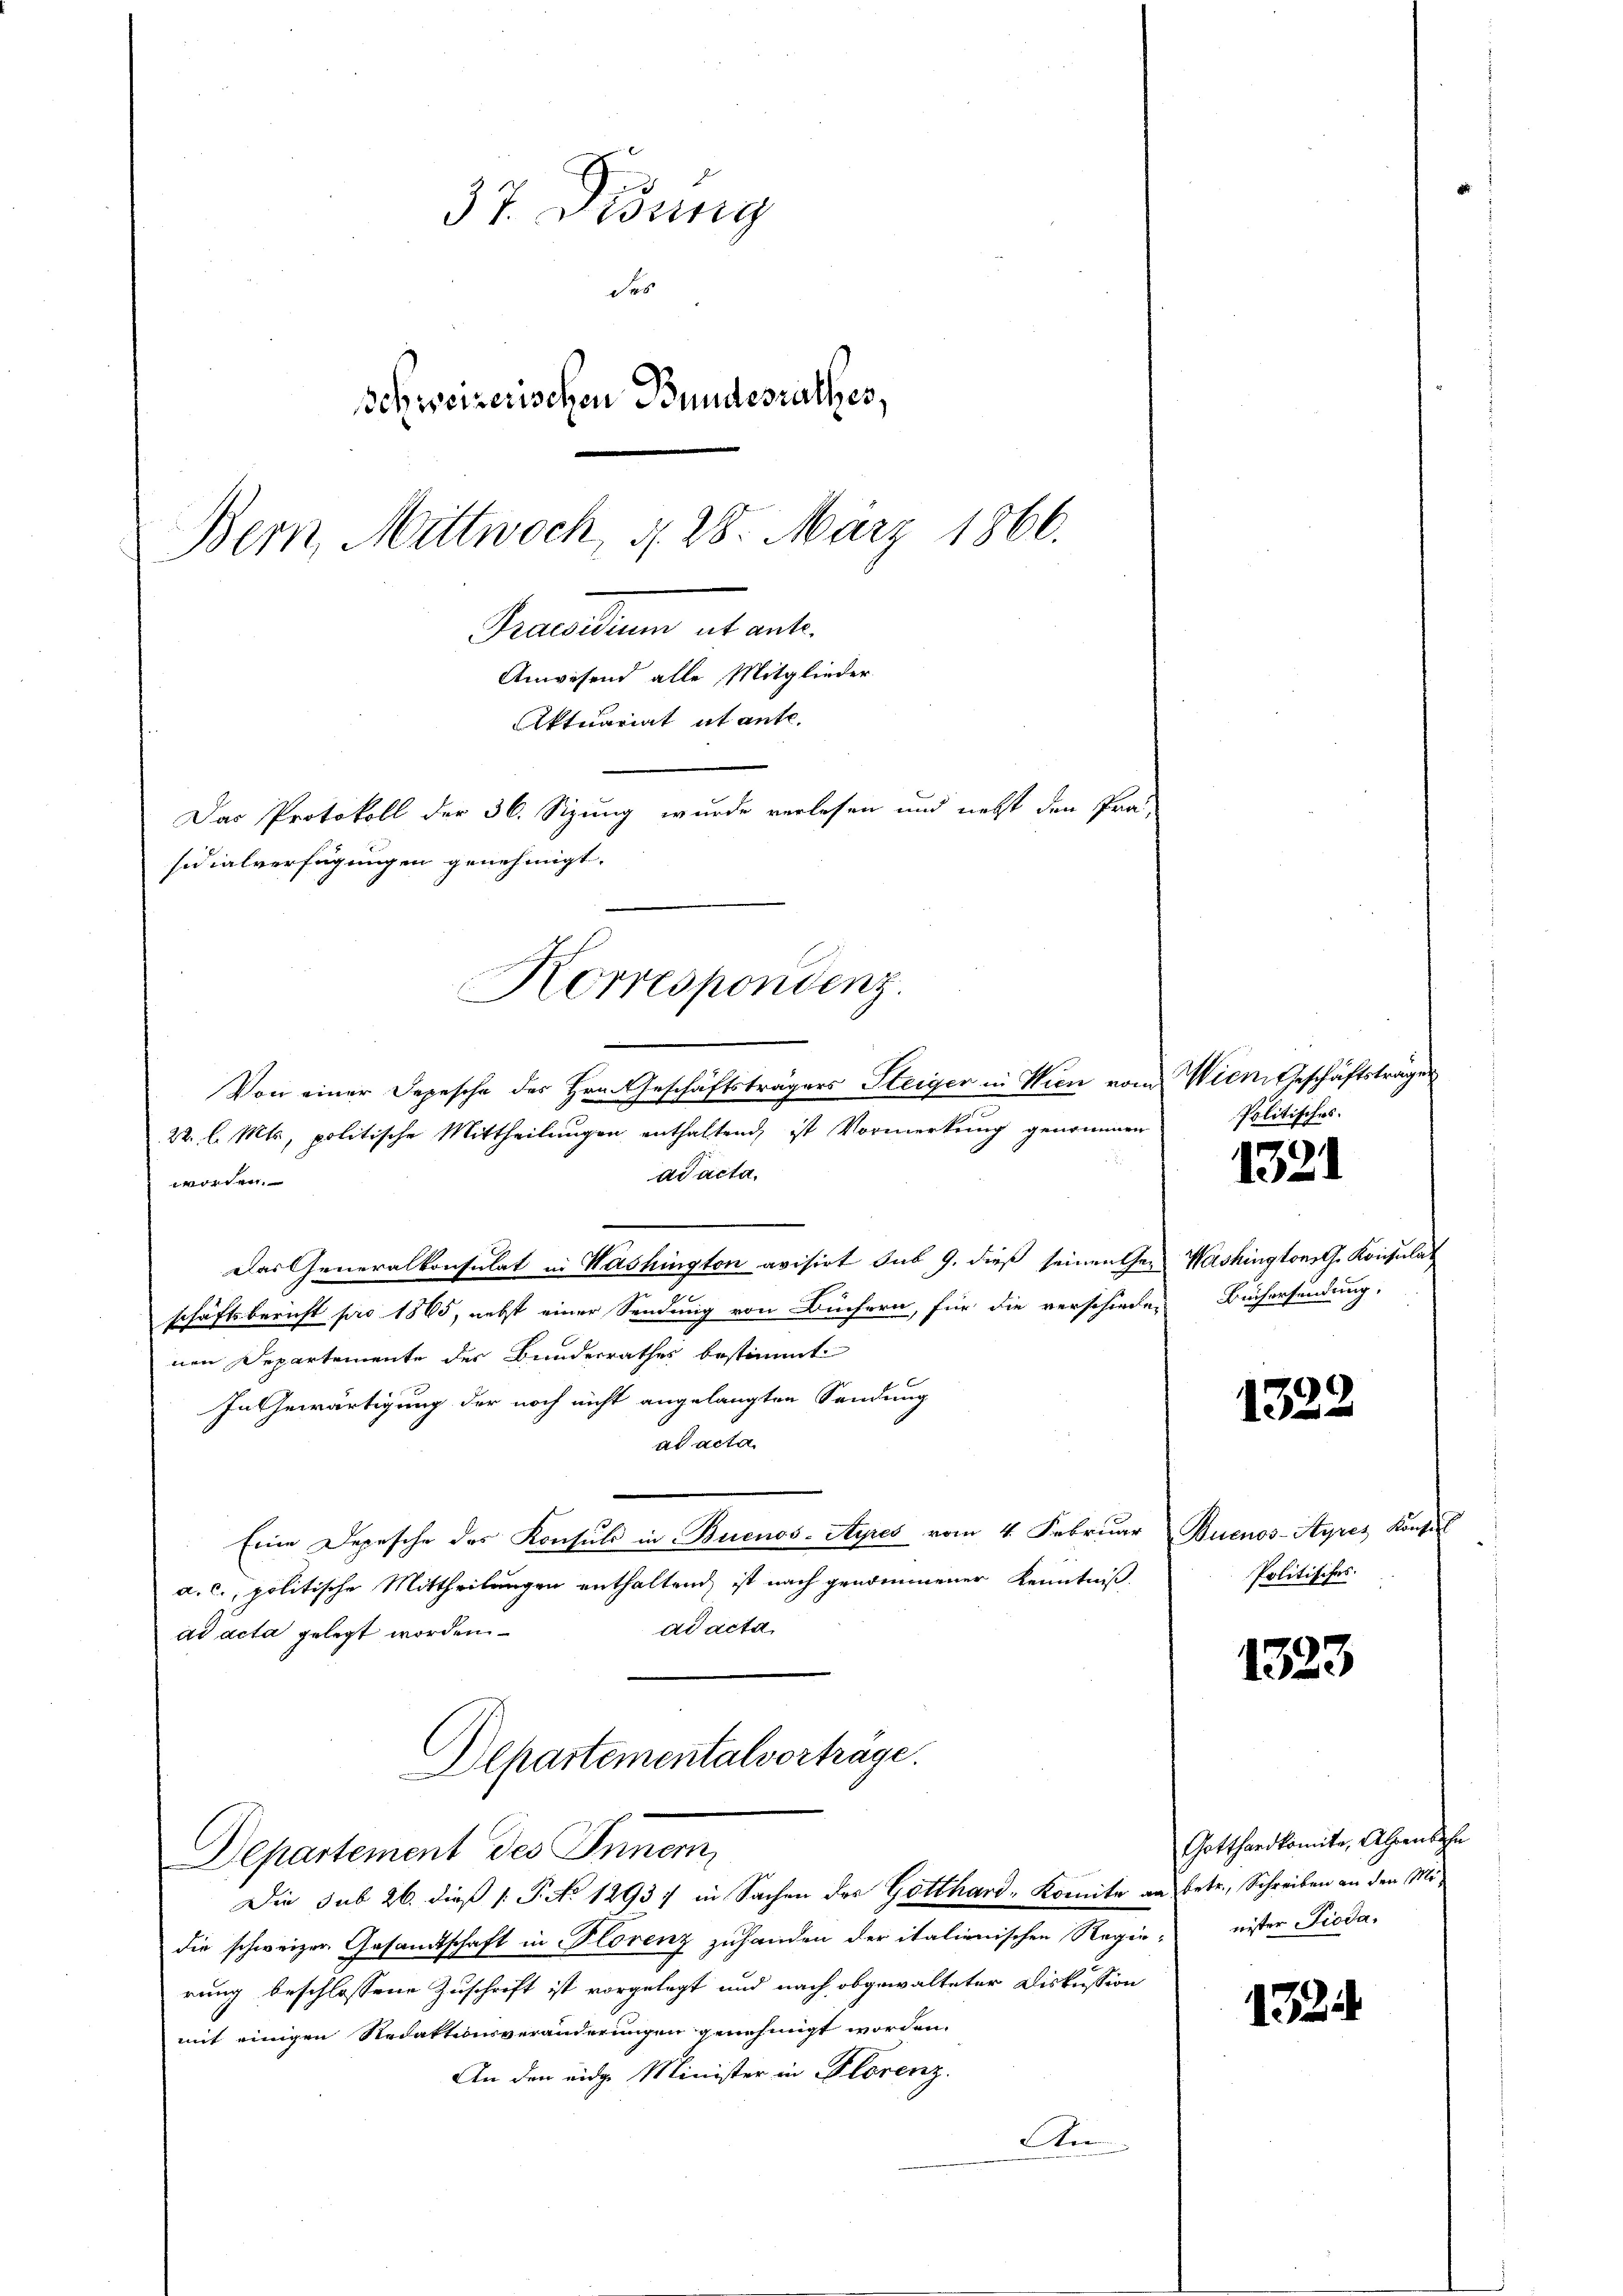
37. Didung
des
Schweizerischen Bundesrathes,
Bern, Mittwoch, d. 28. März 1866.
Praesen ab ant
Anwesend alle Mitglieder
Aktuariat abante.
Das Protokoll der 36. Sizung wurde verlesen und nebst den Prä-
sidialverfügungen genehmigt.
Korrespondenz

ad acta.
worden.
Das Generalkonsulat in Washington avisirt sub 9. dieß seinen Geschäftsbericht pro 1865, nebst einer Sendung von Büchern, für die verschiede-
nen Departemente der Bundesrathes bestimmt
In Gewärtigung der noch nicht angelangten Sendung
ad acta
Eine Depesche des Konsuls in Buenos-Ayres vom 4. Februar Buenos-Ayres Konsul
a. c., politische Mittheilungen enthaltend, ist nach genommener Kenntniß,
ad acta
ad acta gelegt worden
Departementalvortrage.

Von einer Depesche des Hrn. Geschäftsträgers Steiger in Wien vom
22. l. Mts, politische Mittheilungen enthaltend, ist Vormerkung genommen

Departement des Inner,

die schweizer Gesamtschaft in Florenz zuhanden der italienischen Regienister Pioda,
rung beschlossene Zuschrift ist vorgelegt und nach abgewalteter Diskussion
mit einigen Redaktionsveränderungen genehmigt worden.
An den eidge Minister in Florenz.
An

Die sub 26. dieß (: P. No 12937 in Sachen des Gotthard-Komite an betr., Schreiben an den Mi¬

Wien Geschäftsträger
Politisches.

1321

Washingtons G. Konsulat
Büchersendung.

1322

Politisches.

1323

Gotthardkomite, Alpenbahn

1324